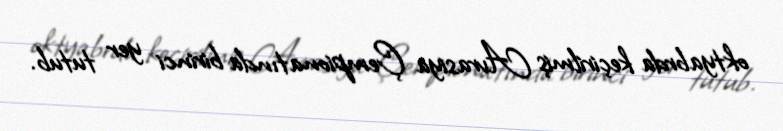
oktyabrda keçirilmiş Avrasiya Çempionatında birinci yer tutub.